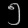
Digit: ၅